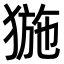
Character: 𤟽